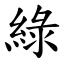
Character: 綠